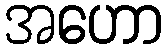
အဟော